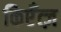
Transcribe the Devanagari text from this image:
किएँत्ज़